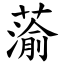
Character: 蕍